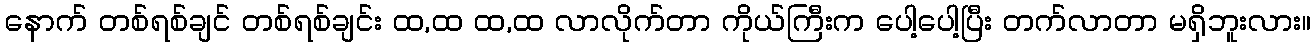
နောက် တစ်ရစ်ချင် တစ်ရစ်ချင်း ထ,ထ ထ,ထ လာလိုက်တာ ကိုယ်ကြီးက ပေါ့ပေါ့ပြီး တက်လာတာ မရှိဘူးလား။